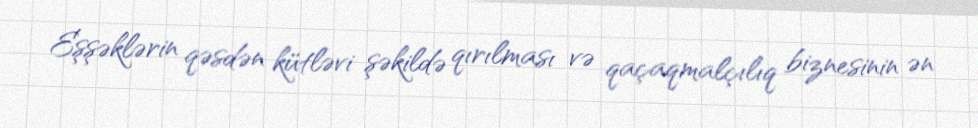
Eşşəklərin qəsdən kütləvi şəkildə qırılması və qaçaqmalçılıq biznesinin ən